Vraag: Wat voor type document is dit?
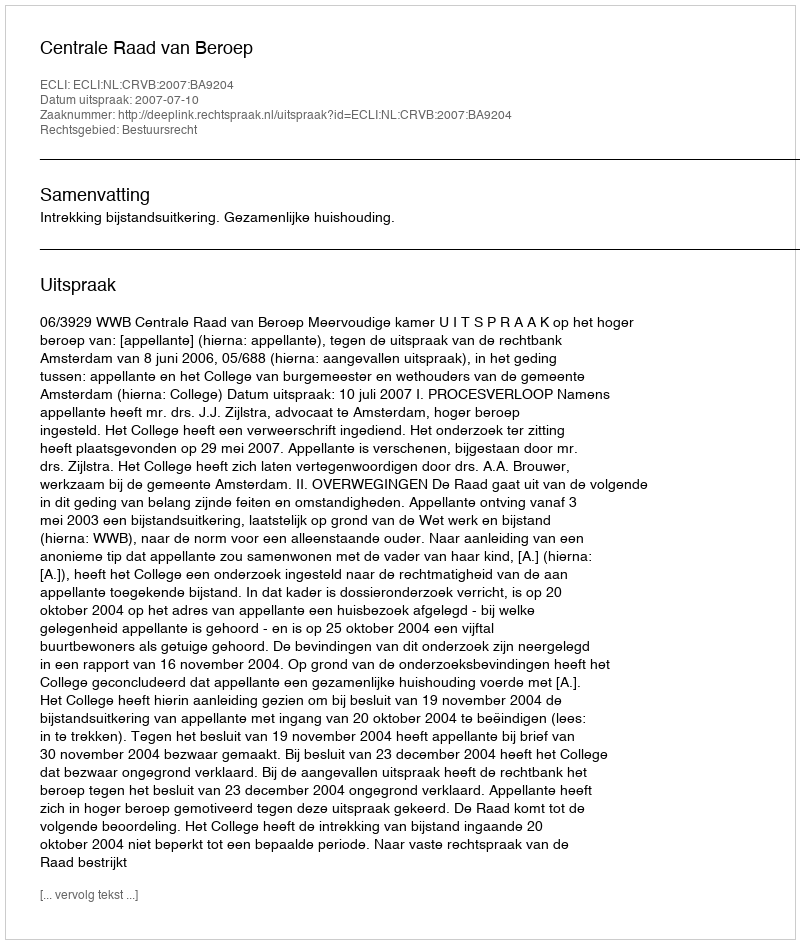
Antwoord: Uitspraak